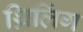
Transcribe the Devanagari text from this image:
थ्रिलिंग